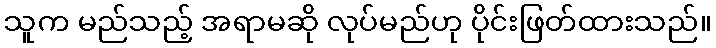
သူက မည်သည့် အရာမဆို လုပ်မည်ဟု ပိုင်းဖြတ်ထားသည်။